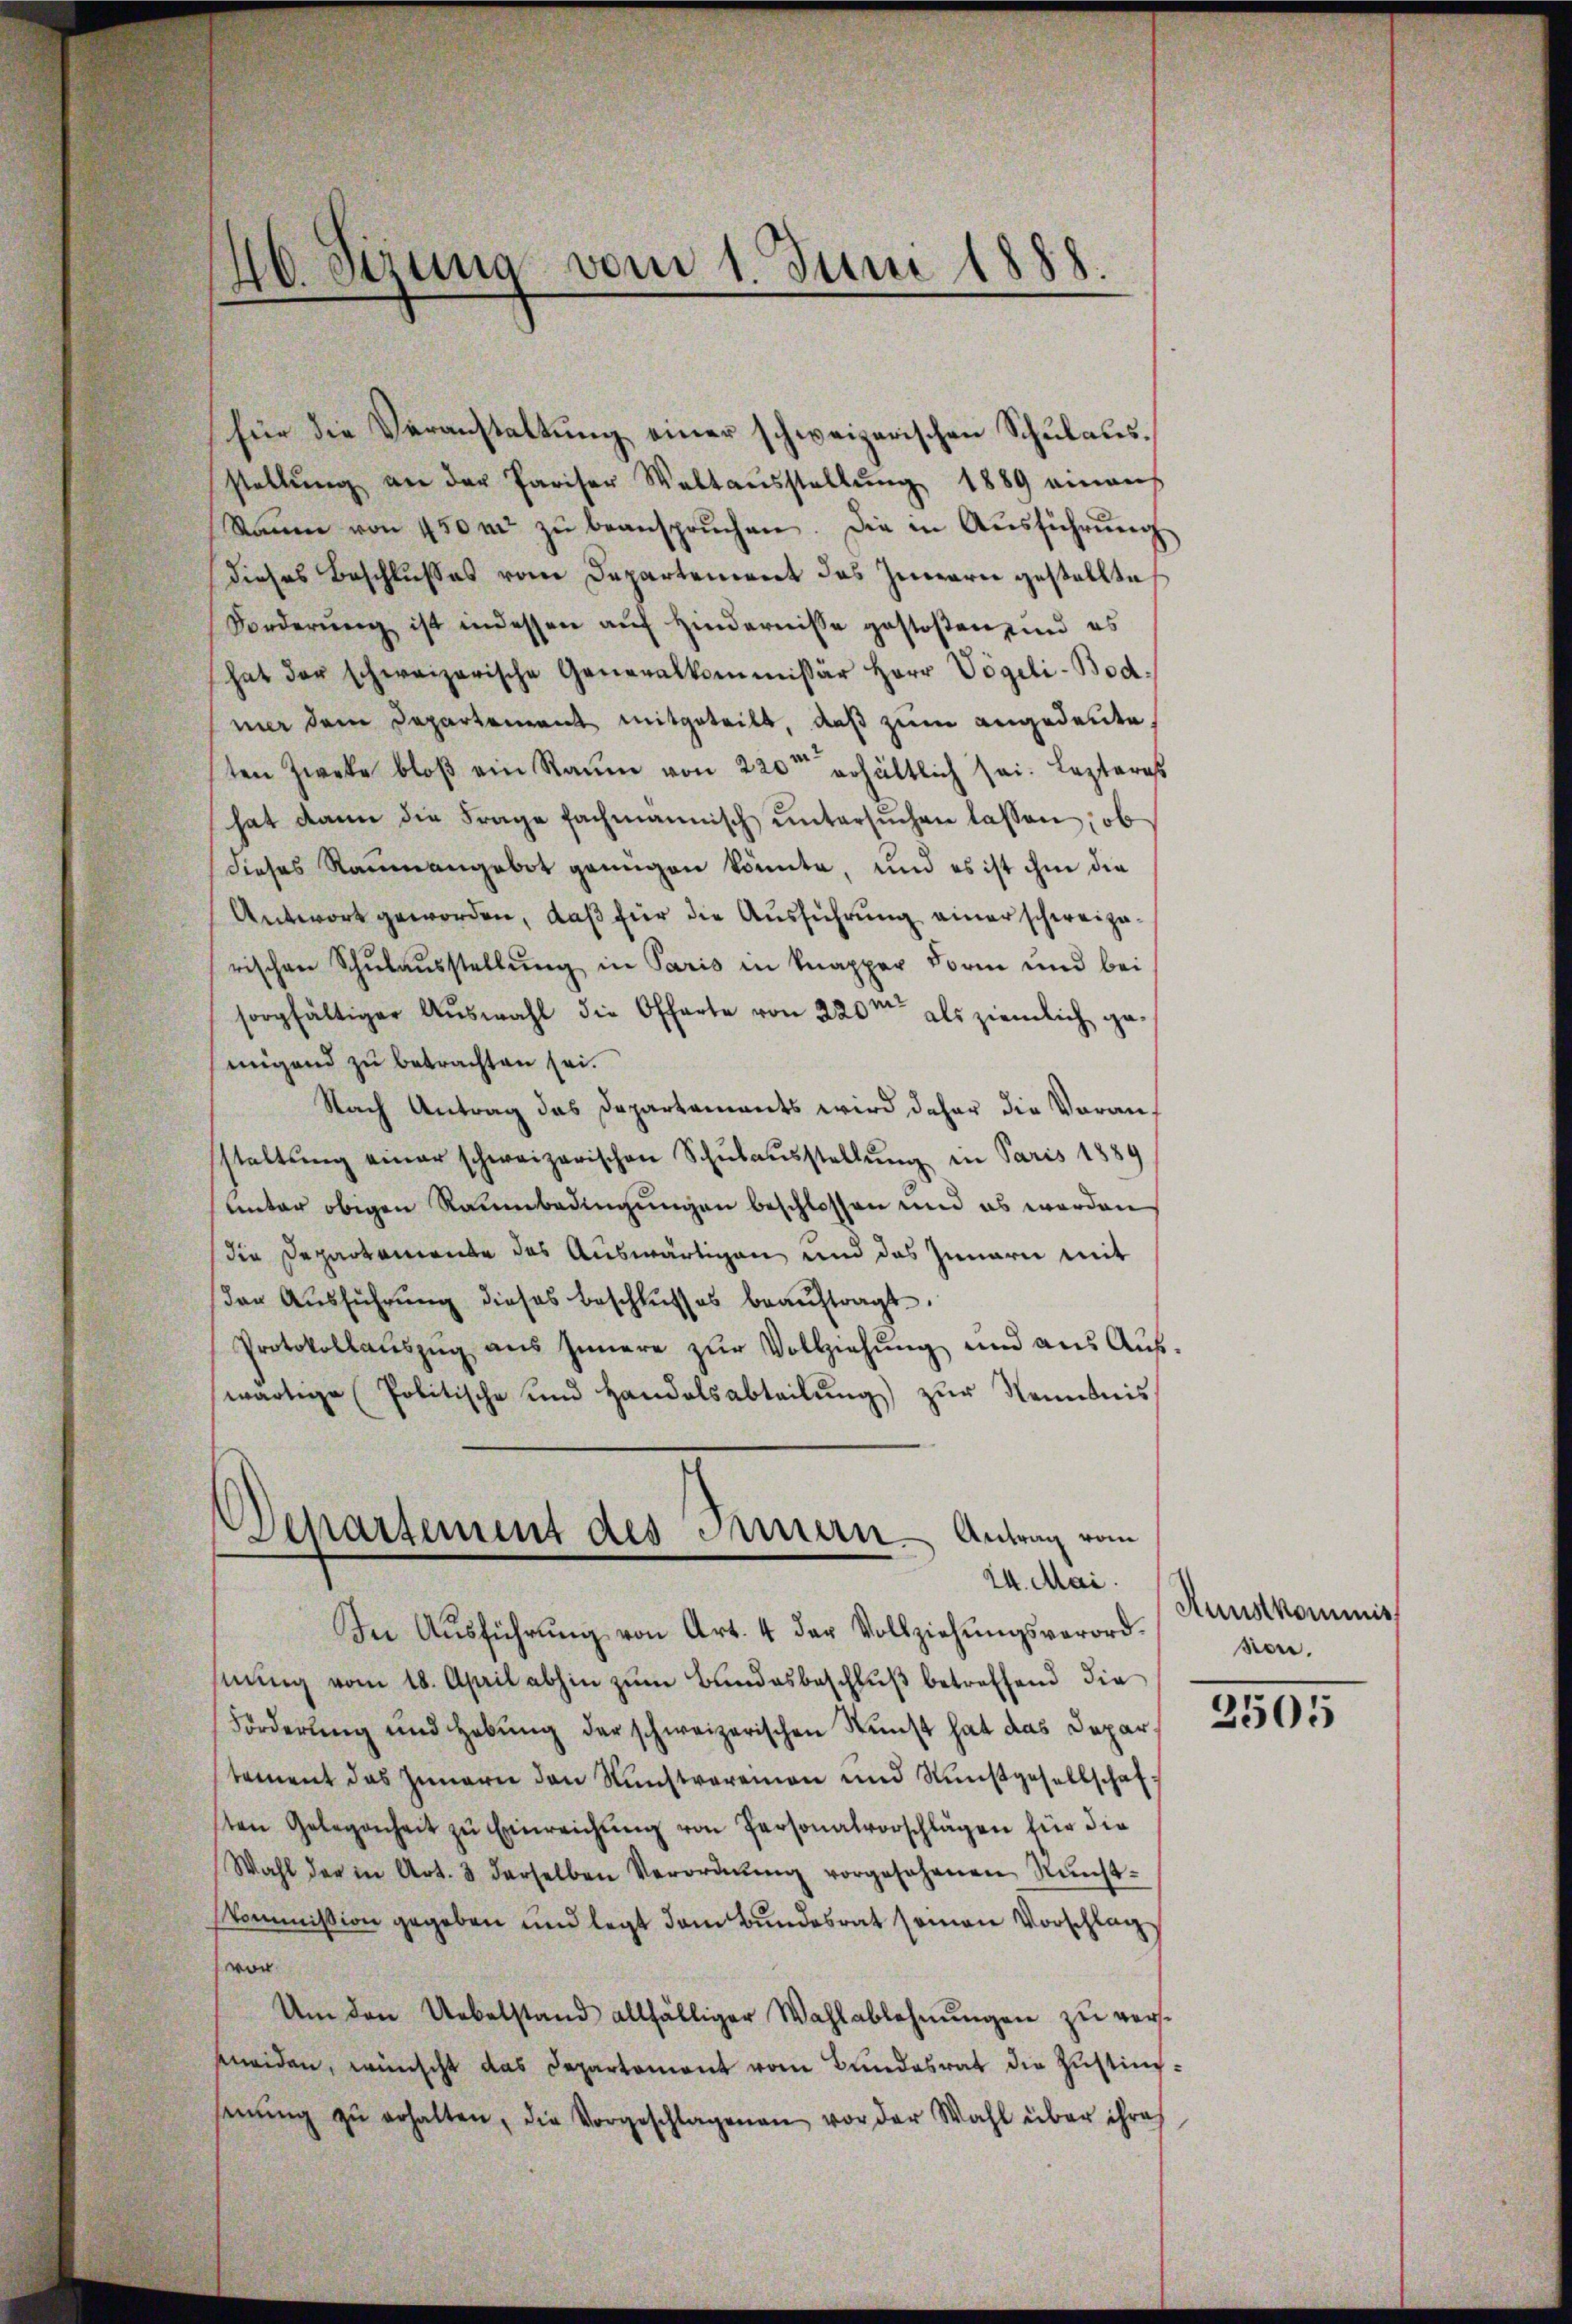
46. Sizung vom 1. Juni 1888.

für die Veranstaltung einer schweizerischen Schulausstellŭng an der Pariser Waltaŭsstellŭng 1889 einaus
Raŭm von 450 m zŭ beansprŭchen. Die in Aŭsführŭng
dieses Beschlusses vom Departement des Innern gestellte
Forderŭng ist indessen aŭf hindernisse gestoßen und es
hat der schweizerische Generalkommissär Herr Vögeli-Bodmir dem Departement mitgeteilt, daß zum angedeute,
ten Zweke bloβ ein Raŭm von 220 erhältlich sei. Lezteres
hat dann die Frage fachmannisch ŭntersŭchen lassen, ob
dieses Raumangebot genügen könnte, und es ist ihm die
Antwort geworden, daß für die Ausführung einer schweizerischen Schulausstellung in Paris in knapper Form und bei
sorgfältiger Aŭswahl die Offarte von 220m als ziemlich ge
migend zu betrachten sei.
Nach Antrag das Departements wird daher die Voranstaltŭng einer schweizerischen Schŭlaŭsstellŭng in Paris 1889
unter obigen Raumbedingungen beschlossen und es werden
die Departemente des Auswärtigen und das Innern mit
den Ausführung dieses beschlŭsses beaŭftragt.
Protokollaŭszŭg aŭs Innere zŭr Vollziehung und aus Aufwärtige Politische und Handelsabteilung zur Kenntnis
Departement des einern Antrag vom
24. Mai.
In Aŭsführŭng von Art. 4 der Vollziehŭngsverord¬

nung vom 18. April abhin zum Bundesbeschluß betreffend die
Förderung und Hebung der schweizerischen Kunst hat das Departement das Innern den Nünstvereinen und Nŭnstgesellschaf
sten Gelegenheit zŭ Einreichŭng von Personalvorschlägen für die
Wahl der in Art. 3 derselben Verordnŭng vorgesehenen Münst-
Kommission gegeben und legt dem Bundesrat seinen Vorschlag
vor
Um den Uebelstand allfälliger Wahlablehnungen zu versmeiden, wünscht das Departement vom Bundesrat die Zustimsenŭng zŭ erhalten, die Vorgeschlagenen vor der Wahl über ihre

Kunstkommiss
son.

2505